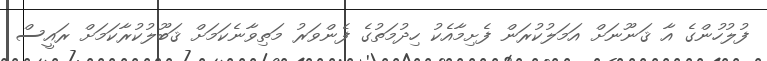
ފުލުހުންގެ އާ ޤަނޫނަށް އަމަލުކުރަން ފެށިމާއެކު ހިދުމަތުގެ ފެންވަރު މަތިވާނެކަމަށް ޤަބޫލުކުރާކަމަށް ރައީސް